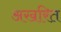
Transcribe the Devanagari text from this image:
अखरित